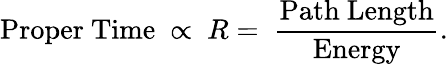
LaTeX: \mathrm{Proper~Time}~\propto~R=~\mathrm{\frac{Path~Length}{Energy}}.